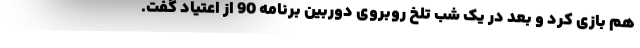
هم بازی کرد و بعد در یک شب تلخ روبروی دوربین برنامه 90 از اعتیاد گفت.